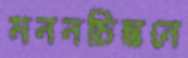
মননচিন্তনে